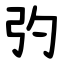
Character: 㢩